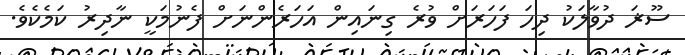
ސޫޜަ ދުވާލަކު ދިހަ ފަހަރަށް ވުރެ ގިނައިން އަހަރެންނަށް ފެނުމަކީ ނާދިރު ކަމެކެވެ.